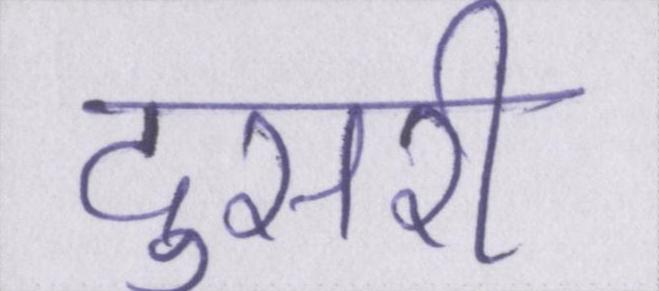
दुसरी